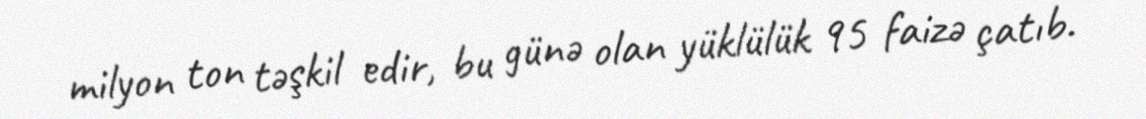
milyon ton təşkil edir, bu günə olan yüklülük 95 faizə çatıb.